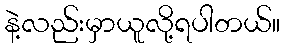
နဲ့လည်းမှာယူလို့ရပါတယ်။